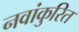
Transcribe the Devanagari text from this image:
नवांकुरित